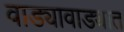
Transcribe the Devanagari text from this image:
वाड्यावाड्यात